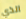
الذي